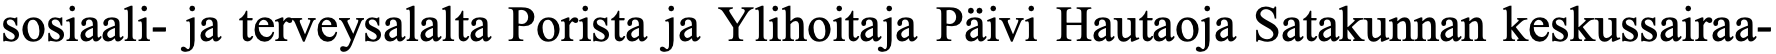
sosiaali- ja terveysalalta Porista ja Ylihoitaja Päivi Hautaoja Satakunnan keskussairaa-